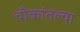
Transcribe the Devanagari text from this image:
चौकांतल्या